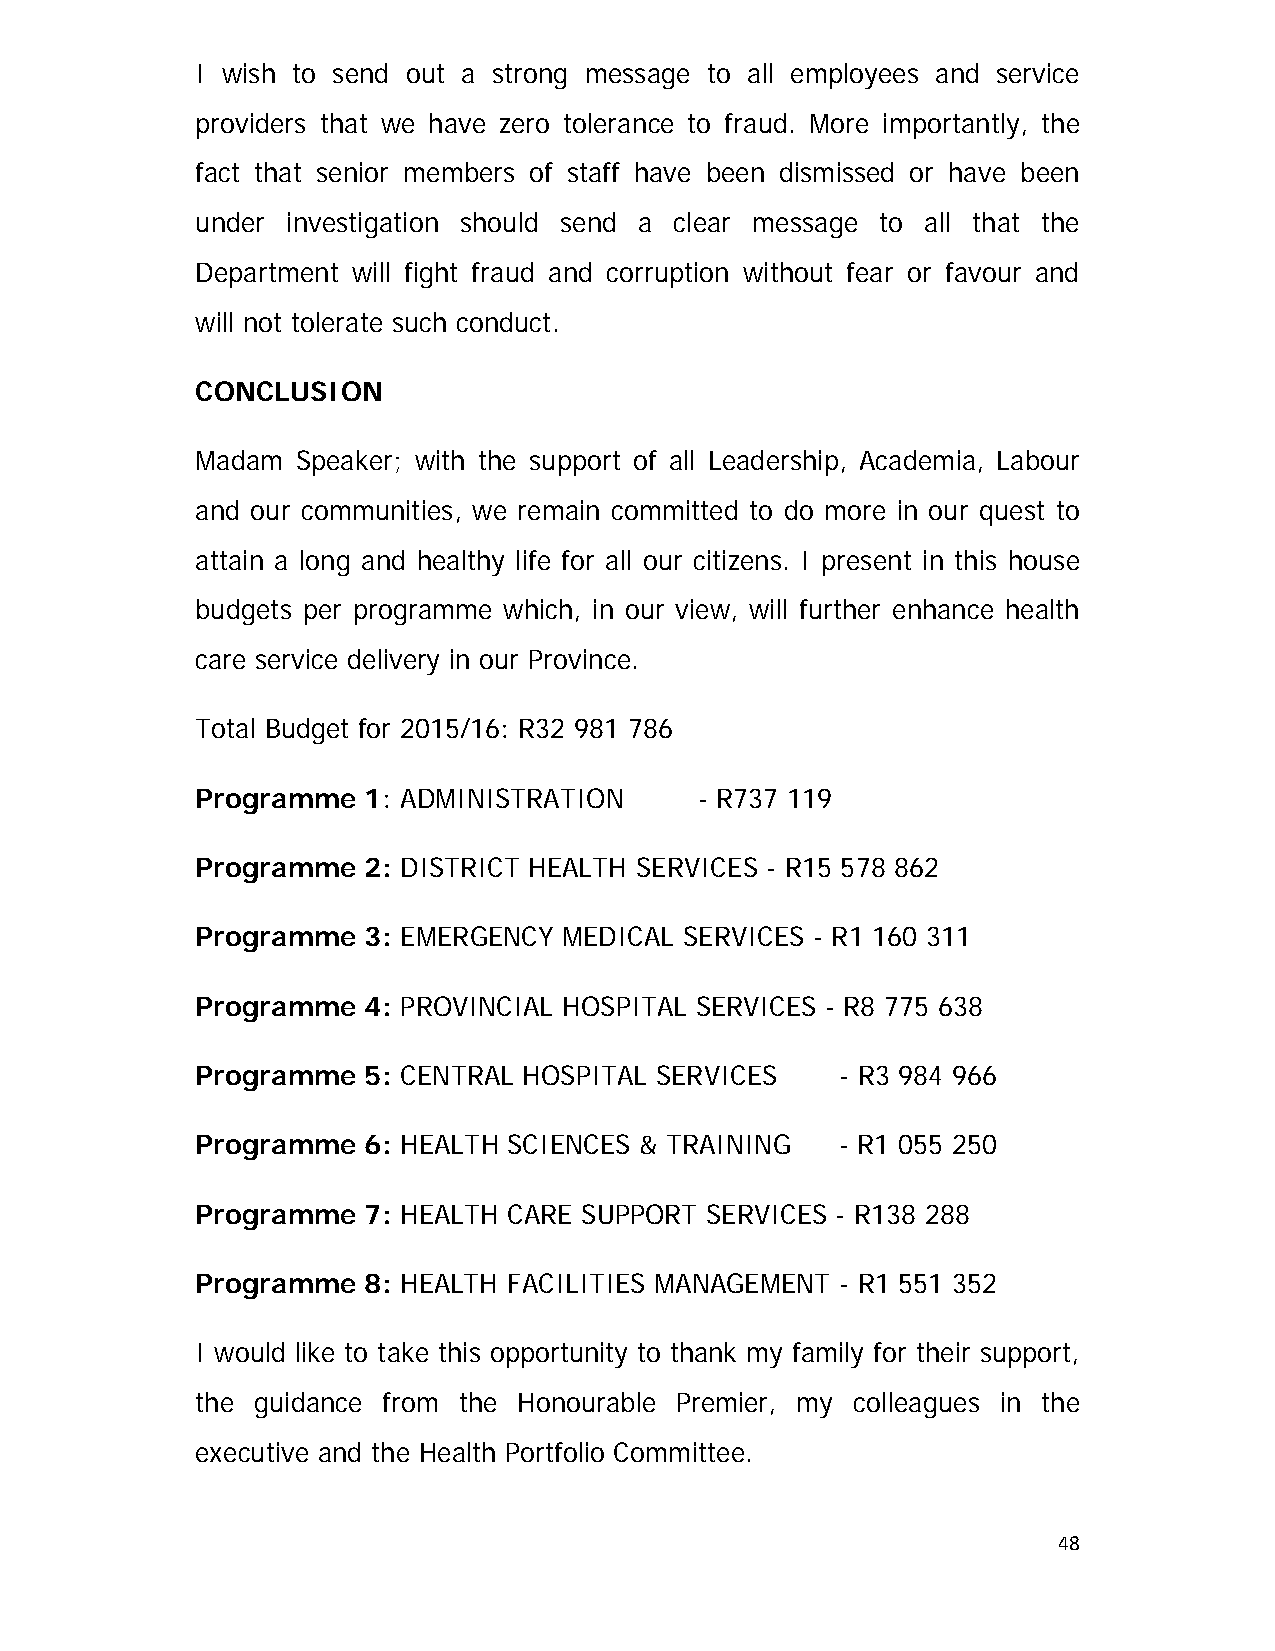
I wish to send out a strong message to all employees and service
 providers that we have zero tolerance to fraud. More importantly, the
 fact that senior members of staff have been dismissed or have been
 under investigation should send a clear message to all that the
 Department will fight fraud and corruption without fear or favour and
 will not tolerate such conduct.
 CONCLUSION
 Madam  Speaker; with the support of all Leadership, Academia, Labour
 and our communities, we remain committed to do more in our quest to
 attain a long and healthy life for all our citizens. I present in this house
 budgets per programme which, in our view, will further enhance health
 care service delivery in our Province.
 Total Budget for 2015/16: R32 981 786
 Programme  1: ADMINISTRATION     - R737 119
 Programme  2: DISTRICT HEALTH SERVICES - R15 578 862
 Programme  3: EMERGENCY MEDICAL SERVICES - R1 160 311
 Programme  4: PROVINCIAL HOSPITAL SERVICES - R8 775 638
 Programme  5: CENTRAL HOSPITAL SERVICES    - R3 984 966
 Programme  6: HEALTH SCIENCES & TRAINING   - R1 055 250
 Programme  7: HEALTH CARE SUPPORT SERVICES - R138 288
 Programme  8: HEALTH FACILITIES MANAGEMENT - R1 551 352
 I would like to take this opportunity to thank my family for their support,
 the guidance from the Honourable Premier, my colleagues in the
 executive and the Health Portfolio Committee.
 48